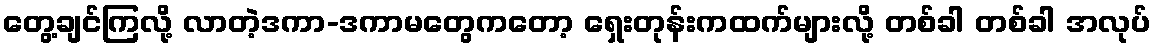
တွေ့ချင်ကြလို့ လာတဲ့ဒကာ-ဒကာမတွေကတော့ ရှေးတုန်းကထက်များလို့ တစ်ခါ တစ်ခါ အလုပ်